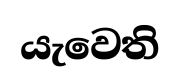
යැවෙති